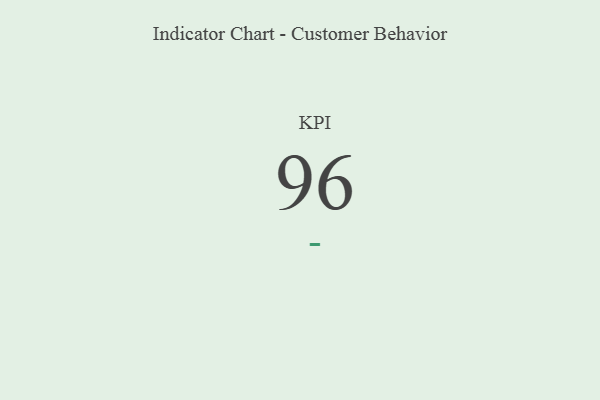
{"axis": {"x": "KPI", "y": "Value"}, "legend": [""], "data": [{"x": "KPI", "y": 96, "type": ""}]}